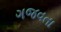
ગજવતા